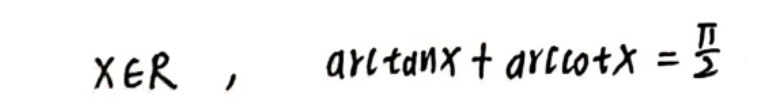
$x\in\mathbb{R},\quad \arctan x+\text{arccot}x = \frac{\pi}{2}$